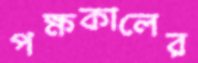
পক্ষকালের